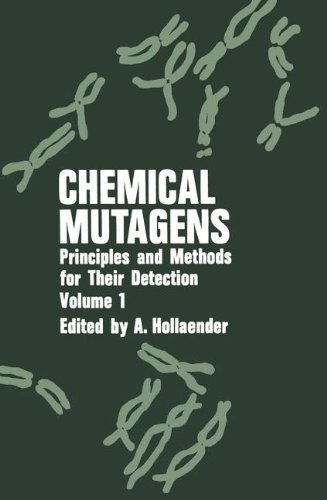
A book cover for Chemical Mutagens: Principles and Methods for Their Detection Volume 1; Alexander Hollaender; Medical Books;